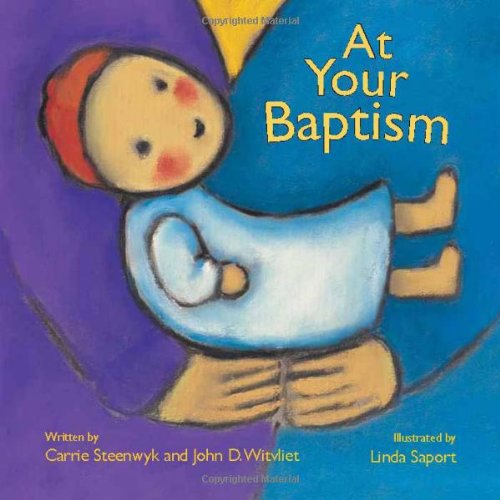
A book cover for At Your Baptism; Carrie Steenwyk; Christian Books & Bibles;